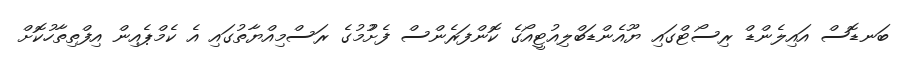
ބަނޑޮސް އައިލެންޑް ރިސޯޓްގައި ޔޫއެންޑަބްލިއުޓީއޯގެ ކޮންފަރެންސް ފެށުުމުގެ ރަސްމިއްޔާތުގައި އެ ކެމްޕެއިން އިފްތިތާހުކޮށް